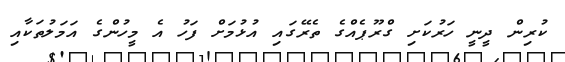
ކުރިން ދީނީ ހަރުކަށި ގްރޫޕެއްގެ ތެރޭގައި އުޅުމަށް ފަހު އެ މީހުންގެ އަމަލުތަކާއި